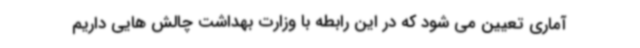
آماری تعیین می شود که در این رابطه با وزارت بهداشت چالش هایی داریم